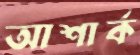
আশার্ক